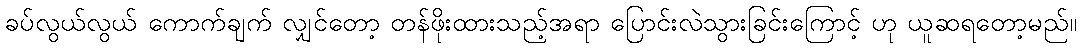
ခပ်လွယ်လွယ် ကောက်ချက် လျှင်တော့ တန်ဖိုးထားသည့်အရာ ပြောင်းလဲသွားခြင်းကြောင့် ဟု ယူဆရတော့မည်။